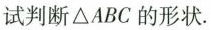
试判断△ABC的形状。